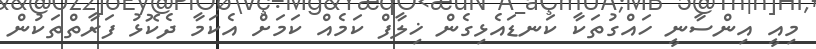
މިއީ އިންސާނީ ހައްގުތަކާ ކަނޑައެޅިގެން ޚިލާފް ކަމެއް ކަމަށް އެކަމާ ދެކޮޅު ފަރާތްތަކުން